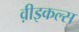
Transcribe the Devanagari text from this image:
व़ीइकल्स